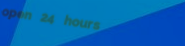
open 24 hours